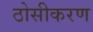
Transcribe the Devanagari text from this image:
ठोसीकरण